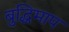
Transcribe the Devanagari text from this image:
बुद्धिमाप